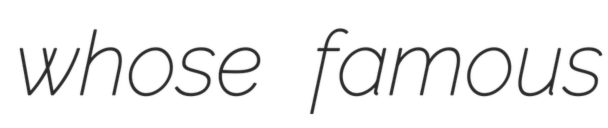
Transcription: whose famous